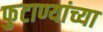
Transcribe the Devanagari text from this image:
फुटाण्यांच्या